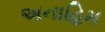
અનાહિમ